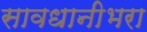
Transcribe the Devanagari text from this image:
सावधानीभरा